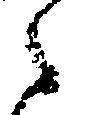
之